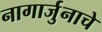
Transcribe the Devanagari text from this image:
नागार्जुनाचे